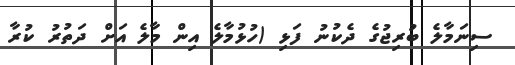
ސިނަމާލެ ބުރިޖުގެ ދެކުނު ފަޅި (ހުޅުމާލެ އިން މާލެ އަށް ދަތުރު ކުރާ